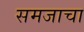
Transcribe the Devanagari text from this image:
समजाचा